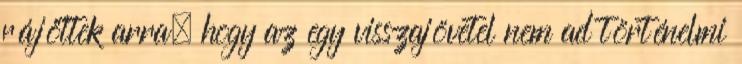
rájöttek arra, hogy az egy visszajövetel nem ad történelmi